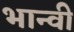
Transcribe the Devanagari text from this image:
भान्वी